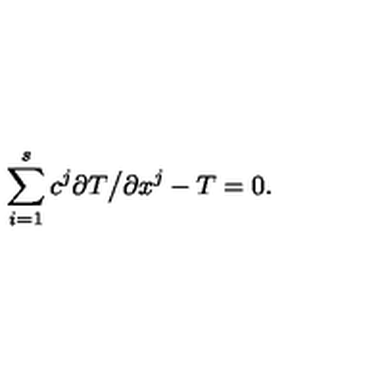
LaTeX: \sum _ { i = 1 } ^ { s } c ^ { j } \partial T \bigl / \partial x ^ { j } - T = 0 .